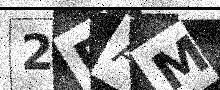
Text: 2DAM